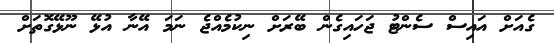
ގެއަށް އައިސް ސެންޓު ޖަހައިގެން ބޭރަށް ނިކުމެއްޖެ ނަމަ އޭނާ އުޅޭ ނޫޅޭގޮތަށް